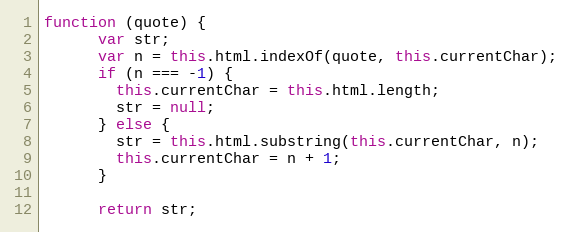
Language: JavaScript
function (quote) {
      var str;
      var n = this.html.indexOf(quote, this.currentChar);
      if (n === -1) {
        this.currentChar = this.html.length;
        str = null;
      } else {
        str = this.html.substring(this.currentChar, n);
        this.currentChar = n + 1;
      }

      return str;